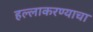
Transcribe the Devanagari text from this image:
हल्लाकरण्याचा